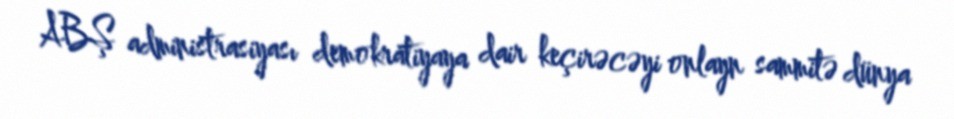
ABŞ administrasiyası demokratiyaya dair keçirəcəyi onlayn sammitə dünya